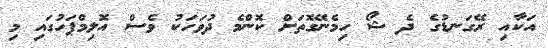
އަކާއި ރޭގަނޑުގެ ދެ ޝޯ ހިމެނޭގޮތަށް ކޮންމެ ދުވަހަކު ވެސް އޮލިމްޕަހުގައި މި